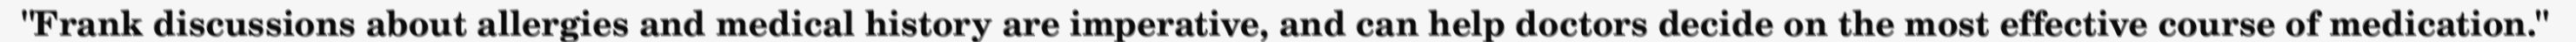
"Frank discussions about allergies and medical history are imperative, and can help doctors decide on the most effective course of medication."